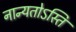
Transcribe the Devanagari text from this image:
नान्यतोऽस्ति